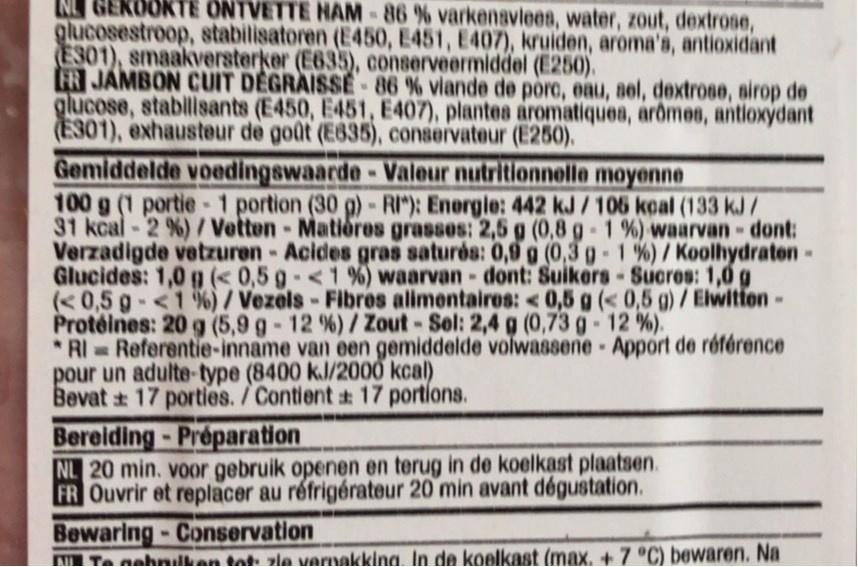
NL GEKOOKTE ONTVETTE HAM-86 % varkenavlees, water, zout, dextrose,
glucosestroop, stabilisatoren (E450, E451, E407), kruiden, aroma's, antioxidant E301), smaakversterker (E635), conserveermiddel (E250). R JAMBON CUIT DEGRAISSE-86 % viande de porc, eau, sel, dextrose, sirop de glucose, stabilisants (E450, E451, E407), plantes aromatiques, arômee, antioxýdant (E301), exhausteur de goût (E835), conservateur (E250).
Gemiddelde voedingswaarde-Valeur nutritionnolla moyonne 100 g (1 portie- 1 portion (30 g)-RI"): Energie: 442 kJ / 106 kcal (133 kJ/ 31 kcal-2 %) /Vetten- Matiéres grasses: 2,5 g (0,8 g 1 %) waarvan- dont: Verzadigde vetzuren- Acides gras saturés: 0,9 g (0,3 g-1%)/Koolhydraten- Glucides: 1,0 g (< 0,5 g-<1%) waarvan- dont: Suikers-Sucres: 1,0 g (<0,5 g-<1 %) / Vezels- Fibres alimentaires: < 0,5 g (< 0,5 g)/ Elwitten Protéines: 20 g (5,9 g - 12 %)/Zout-Sel: 2,4 g (0,73 g-12 %). *RI Referentie-inname van een gemiddelde volwassene- Apport de référence pour un adulte-type (8400 kJ/2000 kcal) Bevat 17 porties. /Contient 17 portions.
Bereiding- Préparation NL 20 min. voor gebruik openen en terug in de koelkast plaatsen. FR Ouvrir et replacer au réfrigérateur 20 min avant dégustation. Bewaring-Conservation M Ta nahnalkan tat zle varnakking. In de koelkast (max. + 7 °C) bewaren. Na